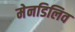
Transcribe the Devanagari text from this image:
मेनडिलिव